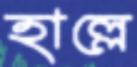
হাল্লে